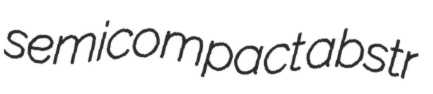
semicompact abstr